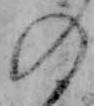
の